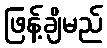
ဖြန့်ချိမည်